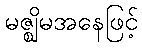
မဇ္ဈိမအနေဖြင့်